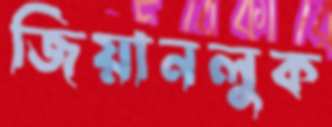
জিয়ানলুক